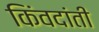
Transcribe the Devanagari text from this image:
किंवदांती